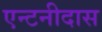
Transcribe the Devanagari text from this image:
एन्टनीदास